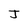
Character: J